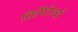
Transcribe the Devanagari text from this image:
लिमिटेडची